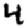
Digit: 4